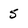
Character: 5